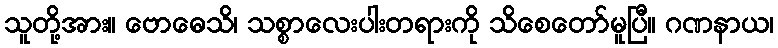
သူတို့အား။ ဗောဓေသိ၊ သစ္စာလေးပါးတရားကို သိစေတော်မူပြီ။ ဂဏနာယ၊